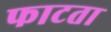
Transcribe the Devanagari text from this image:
फाटता